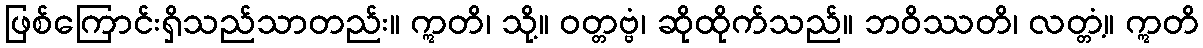
ဖြစ်ကြောင်းရှိသည်သာတည်း။ ဣတိ၊ သို့။ ဝတ္တဗ္ဗံ၊ ဆိုထိုက်သည်။ ဘဝိဿတိ၊ လတ္တံ့။ ဣတိ